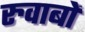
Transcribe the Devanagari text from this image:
रुवाबों